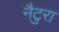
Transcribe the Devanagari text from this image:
नैटुरा